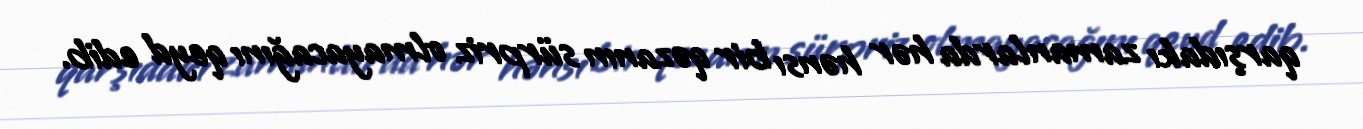
qarşıdakı zamanlarda hər hənsı bir qəzanın sürpriz olmayacağını qeyd edib.